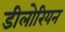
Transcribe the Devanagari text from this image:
डीलोरियन